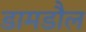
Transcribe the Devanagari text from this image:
डामडौल